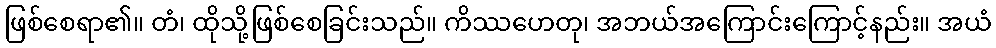
ဖြစ်စေရာ၏။ တံ၊ ထိုသို့ဖြစ်စေခြင်းသည်။ ကိဿဟေတု၊ အဘယ်အကြောင်းကြောင့်နည်း။ အယံ